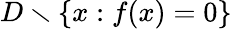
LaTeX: D\smallsetminus\{ x:f(x)=0\}